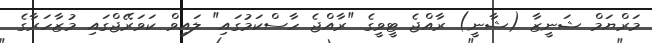
މަރްޔަމް ޝަނީޒާ (ޝާނީ) ރާއްޖެ ޓީވީގެ "ރާއްޖެ ހާސްކަމުގައި" ލައިވް ކަވަރޭޖްގައި މުޒާހަރާގެ